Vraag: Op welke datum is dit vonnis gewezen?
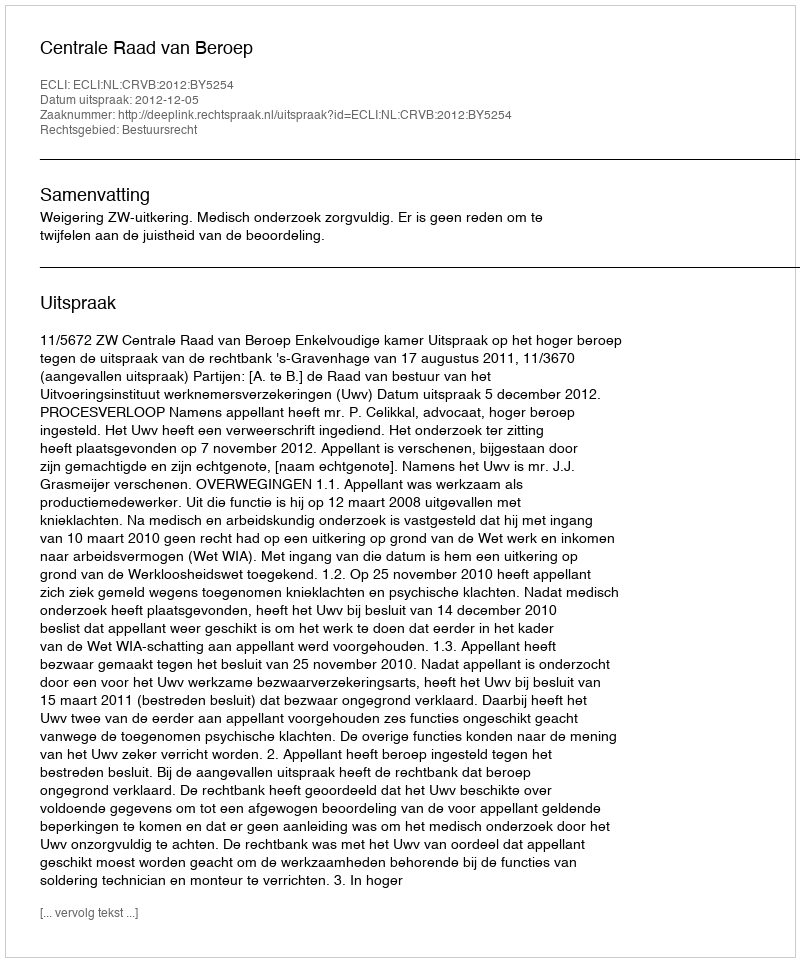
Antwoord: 2012-12-05